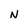
Character: N